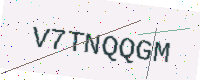
Text: V7TNQQGM